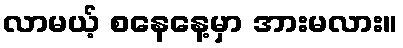
လာမယ့် စနေနေ့မှာ အားမလား။